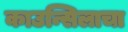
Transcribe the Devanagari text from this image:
काउन्सिलाचा